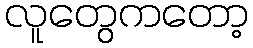
လူတွေကတော့